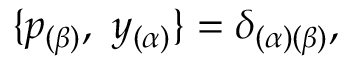
\{ p _ { ( \beta ) } , \ { y } _ { ( \alpha ) } \} = \delta _ { ( \alpha ) ( \beta ) } ,